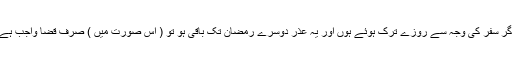
اگر سفر کی وجہ سے روزے ترک ہوئے ہوں اور یہ عذر دوسرے رمضان تک باقی ہو تو ( اس صورت میں ) صرف قضا واجب ہے۔